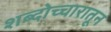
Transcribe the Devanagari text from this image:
शब्दोच्चारातून